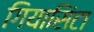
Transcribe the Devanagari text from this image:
गियासिंटा